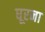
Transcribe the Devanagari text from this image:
घूरना